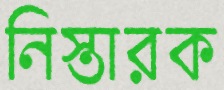
নিস্তারক